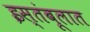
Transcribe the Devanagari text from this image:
इस्तंबूलात